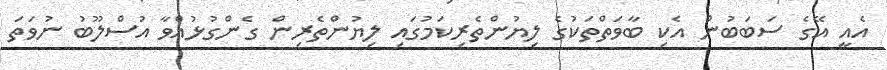
އެއީ އޭގެ ސަބަބުން އެކި ބާވަތްތަކުގެ ލިޔުންތެރިކަމުގައި ލިޔުންތެރިން ގެންގުޅުއްވާ އުސްލޫބު ނުވަތަ